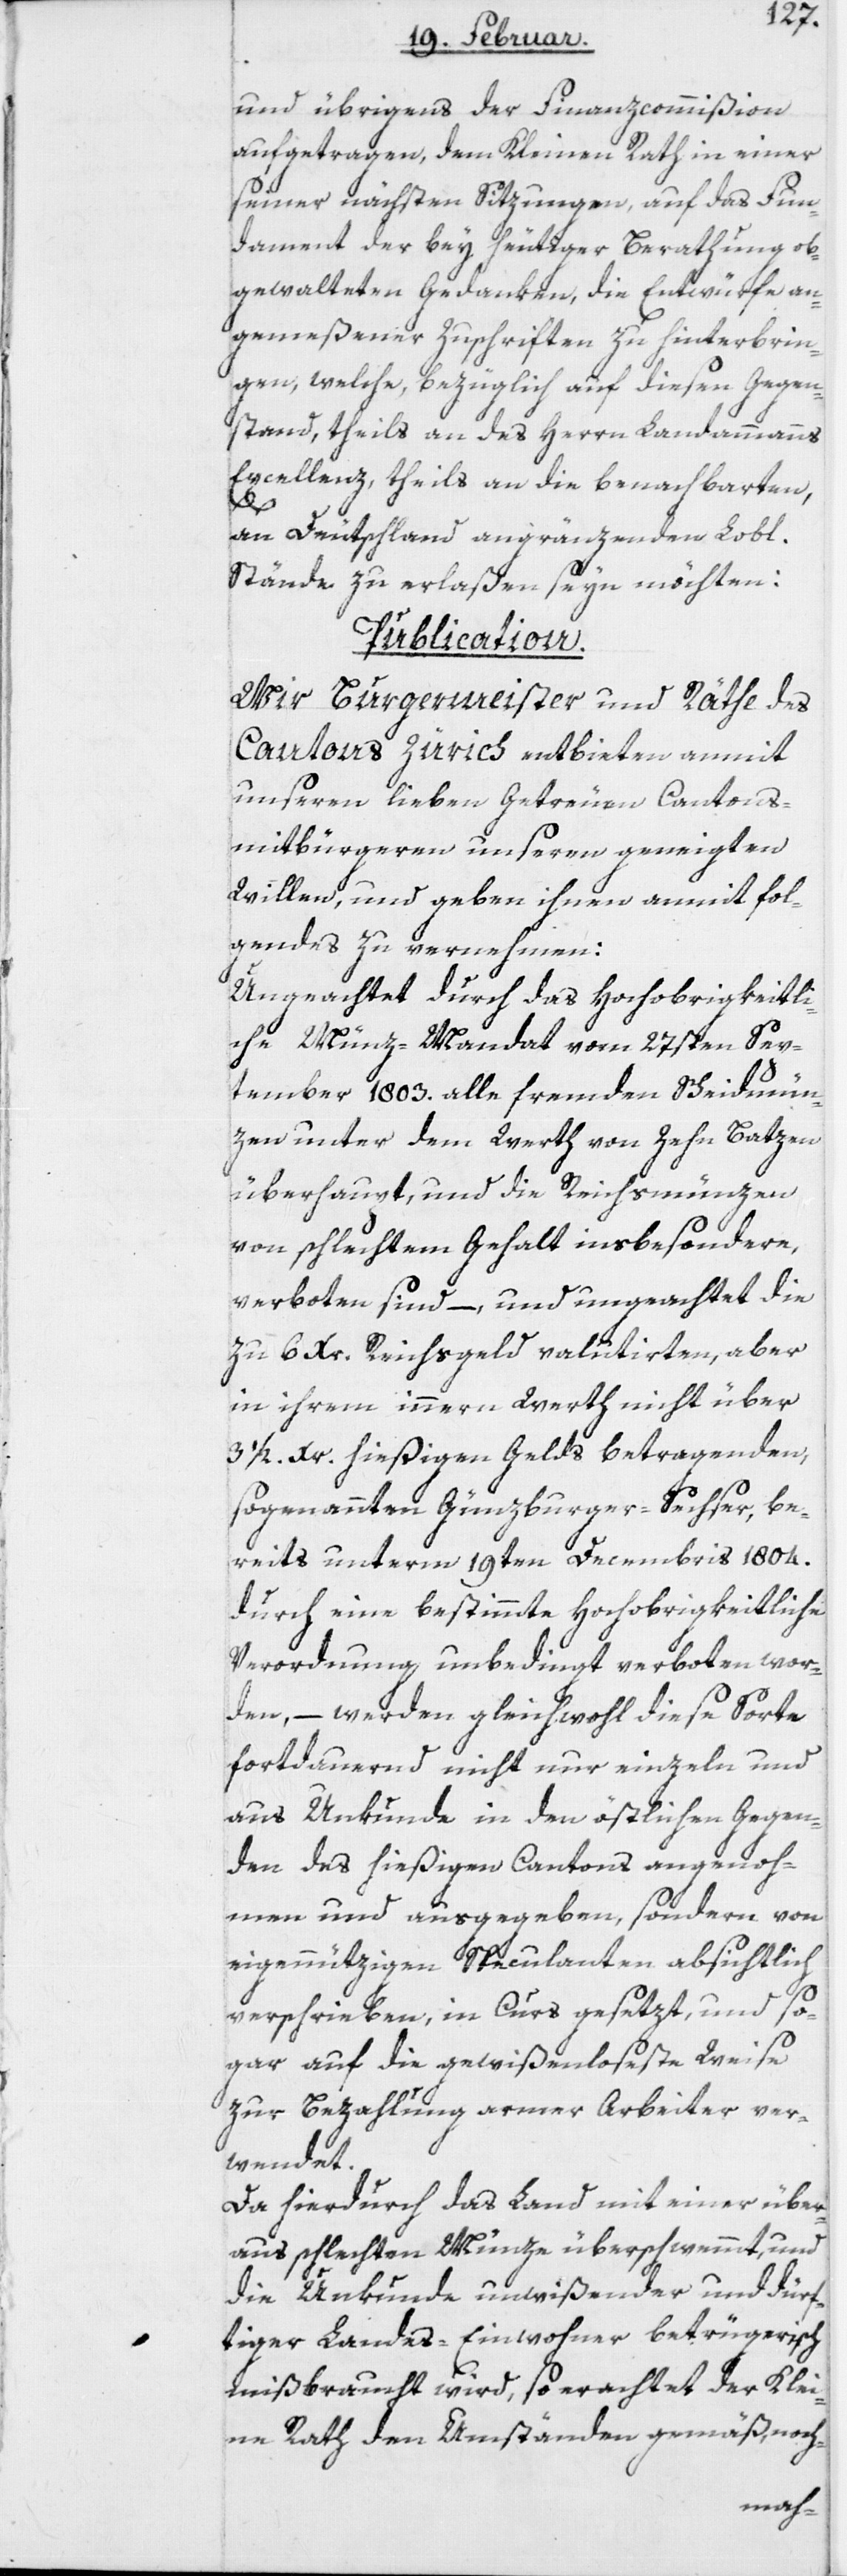
und übrigens der Finanzcommißion
aufgetragen, dem Kleinen Rath in einer
seiner nächsten Sitzungen, auf das Fun¬
dament der bey heutiger Berathung ob¬
gewalteten Gedanken, die Entwürfe an¬
gemeßener Zuschriften zu hinterbrin¬
gen, welche bezüglich auf diesen Gegen¬
stand, theils an des Herrn Landammanns
Excellenz, theils an die benachbarten,
an Deutschland angränzenden Lobl.
Stände zu erlaßen seyn möchten:
Publication.
Wir Burgermeister und Räthe des
Cantons Zürich entbieten anmit
unseren lieben Getreuen Cantons¬
mitbürgeren unseren geneigten
Willen, und geben ihnen anmit fol¬
gendes zu vernehmen:
Ungeachtet durch das Hochobrigkeitli¬
che Münz-Mandat vom 27sten Sep¬
tember 1803. alle fremden Scheidmün¬
zen unter dem Werth von Zehn Batzen
überhaupt, und die Reichsmünzen
von schlechtem Gehalt insbesondere,
verboten sind, – und ungeachtet die
zu 6 Xr. Reichsgeld valutirten, aber
in ihrem innern Werth nicht über
3 1/2 Xr. hießigen Gelds betragenden,
sogenannten Günzburger-Sechser, be¬
reits unterm 19ten Decembris 1804.
durch eine bestimmte Hochobrigkeitliche
Verordnung unbedingt verboten wor¬
den, – werden gleichwohl diese Sorte
fortdauernd nicht nur einzeln und
aus Unkunde in den östlichen Gegen¬
den des hießigen Cantons angenoh¬
men und ausgegeben, sondern von
eigennützigen Speculanten absichtlich
verschrieben, in Curs gesetzt, und so¬
gar auf die gewißenloseste Weise
zur Bezahlung armer Arbeiter ver¬
wendet.
Da hierdurch des Land mit einer über¬
aus schlechten Münze überschwemmt, und
die Unkunde unwißender und dürf¬
tiger Landes-Einwohner betrügerisch
mißbraucht wird, so erachtet der Klei¬
ne Rath den Umständen gemäß, noch-